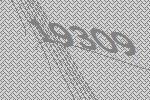
19309